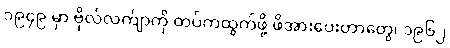
၁၉၄၉ မှာ ဗိုလ်လက်ျာကို တပ်ကထွက်ဖို့ ဖိအားပေးတာတွေ၊ ၁၉၆၂